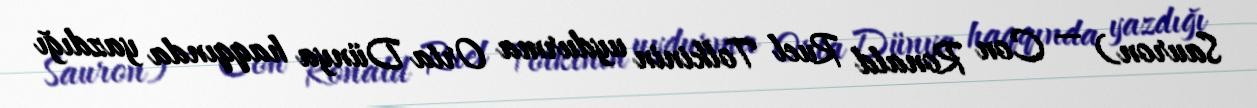
Sauron) — Con Ronald Ruel Tolkinin uydurma Orta Dünya haqqında yazdığı